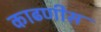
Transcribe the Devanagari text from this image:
काढणीस